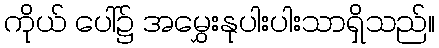
ကိုယ် ပေါ်၌ အမွှေးနုပါးပါးသာရှိသည်။